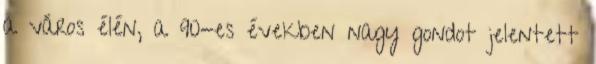
a város élén, a 90-es években nagy gondot jelentett